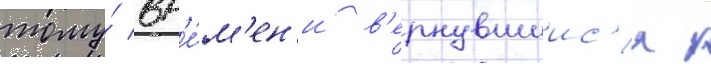
тому́ вр'е́м'ен'и в'ернувшиис'я к